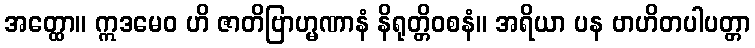
အတ္ထော။ ဣဒမေဝ ဟိ ဇာတိဗြာဟ္မဏာနံ နိရုတ္တိဝစနံ။ အရိယာ ပန ဗာဟိတပါပတ္တာ